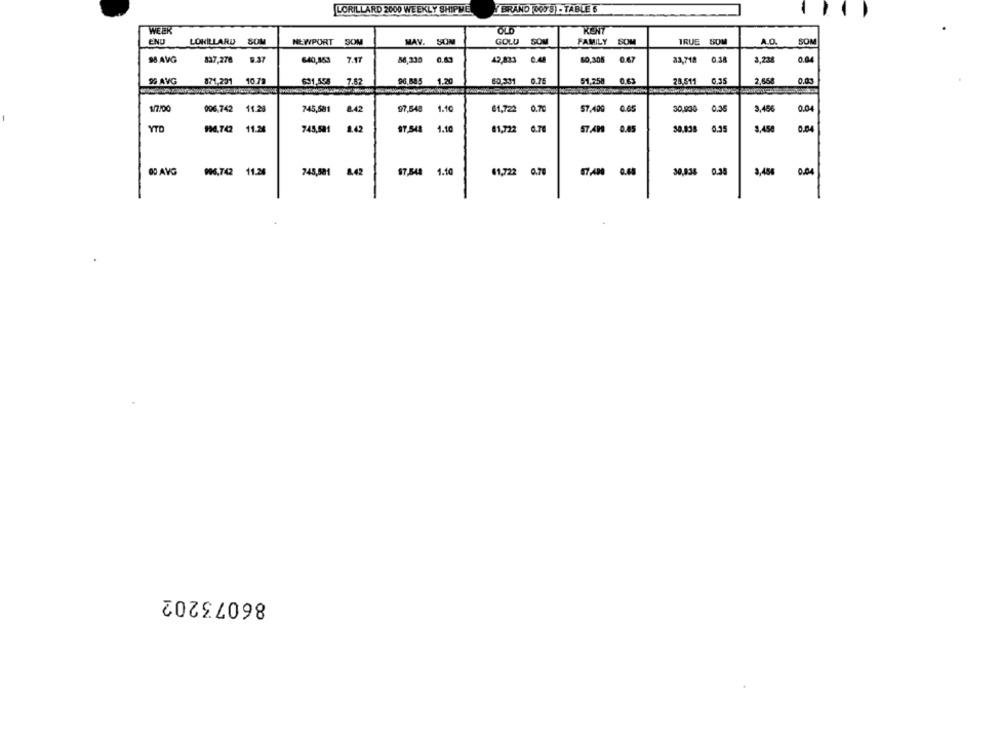
LORILLARD 2000 WEEKLY SHIPME
BRAND 300'S) TABLE 5
WEEK
OLD
KENT
END
LOWILLARD
SOM
NEWPORT SOM
MAY. SOM
GOLD SOM
FAMILY SOM
TRUE SOM
A.O.
SOM
98 AVG
837,276
9.37
640,853 7.17
56,330
0.63
42,833
60,305 0.67
23,718 0.38
3,238
0.04
9% AVG
871,231 10.79
631.158 7.62
90,885
1.20
60,331 0.75
51,258
0.63
28.511 0.35
2,658
0.03
1/7/00
906,742 11.28
745,581
8.42
97,548
1.10
61,722 0.70
57,409 0.65
30.000 0.35
3,456
0.04
YTD
994,742 11.24
745,501
8.42
97.541
1.10
81,722 0.70
57.AP
0.85
30.838 0.35
3,450
OD AVG
87,400 0.65
996,742 11.26
745,501 8.42
97,548 1.10
61,722 0.70
30,836 0.38
3,456 0.04
86073202